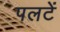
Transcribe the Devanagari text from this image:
पलटें